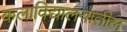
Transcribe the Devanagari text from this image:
कलाविद्यालयातील